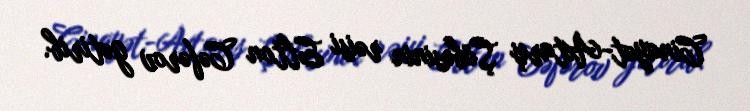
Cinayət-Axtarış Şöbəsinin rəisi Elton Cəfərov gətirib.